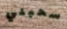
سحبني